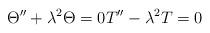
LaTeX: \begin{align*}\begin{aligned}\Theta''+\lambda^2 \Theta=0T''-\lambda^2 T=0\end{aligned}\end{align*}